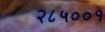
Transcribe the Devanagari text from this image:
२८५००१